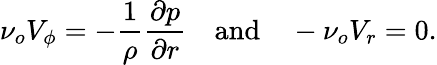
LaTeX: \nu_{o}V_{\phi}=-\frac{1}{\rho}\frac{\partial p}{\partial r}\quad\textrm{and}\quad-\nu_{o}V_{r}=0.